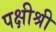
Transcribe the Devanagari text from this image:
पक्षीश्री